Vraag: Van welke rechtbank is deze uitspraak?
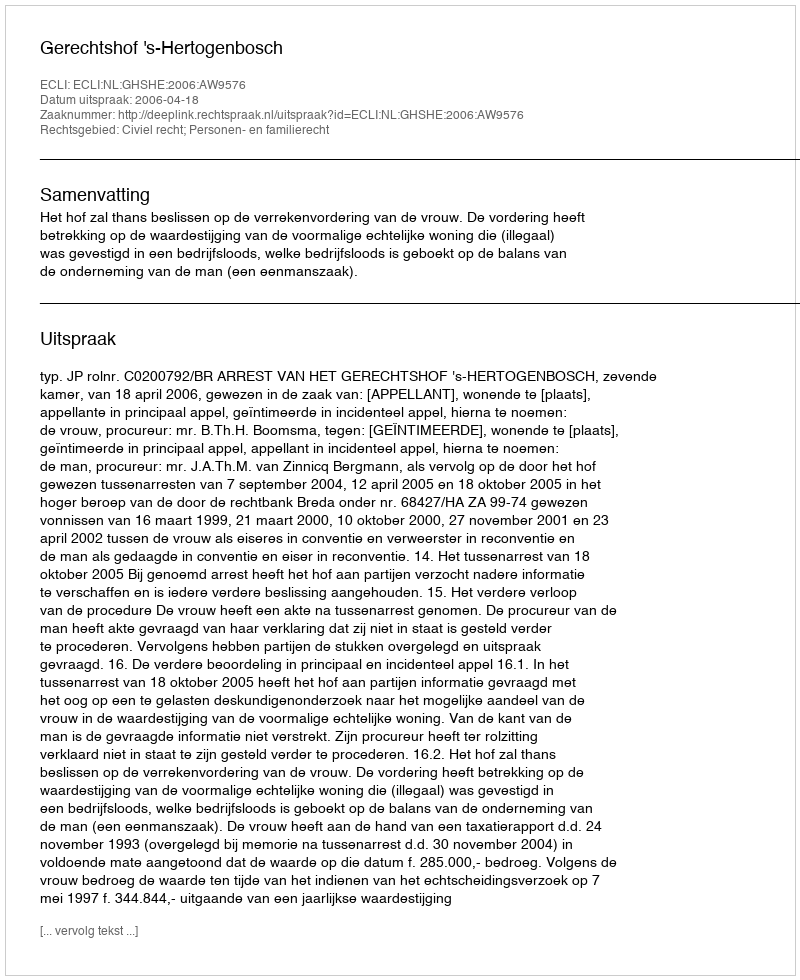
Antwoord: Gerechtshof 's-Hertogenbosch